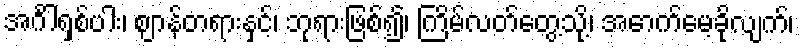
အင်္ဂါရှစ်ပါး၊ ဈာန်တရားနှင့်၊ ဘုရားဖြစ်၍၊ ကြိမ်လတ်တွေ့သို့၊ အောက်မေ့ခိုလျက်၊